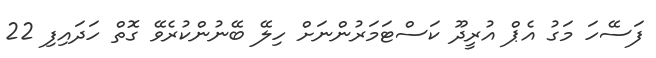
ފަސޭހަ މަގު އެޕް އުރީދޫ ކަސްޓަމަރުންނަށް ހިލޭ ބޭނުންކުރެވޭ ގޮތް ހަދައިފި 22